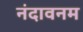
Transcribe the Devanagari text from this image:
नंदावनम